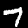
Label: 7